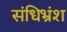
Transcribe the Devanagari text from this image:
संधिभ्रंश